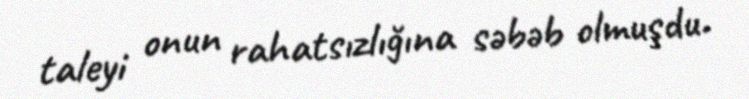
taleyi onun rahatsızlığına səbəb olmuşdu.